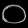
Digit: ၀